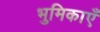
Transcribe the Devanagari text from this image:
भुमिकाएँ